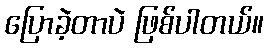
ပြောခဲ့တာပဲ ဖြစ်ပါတယ်။